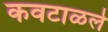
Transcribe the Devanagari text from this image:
कवटाळले